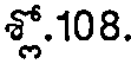
శ్లో.108.